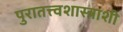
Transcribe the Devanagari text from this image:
पुरातत्त्वशास्त्राशी